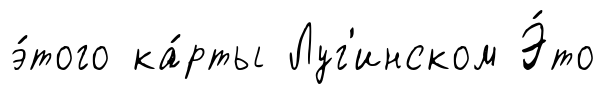
э́того ка́рты Луг'инском Э́то